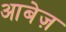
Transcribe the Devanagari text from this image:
आबेज़